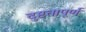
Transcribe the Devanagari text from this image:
दुष्टतापूर्ण